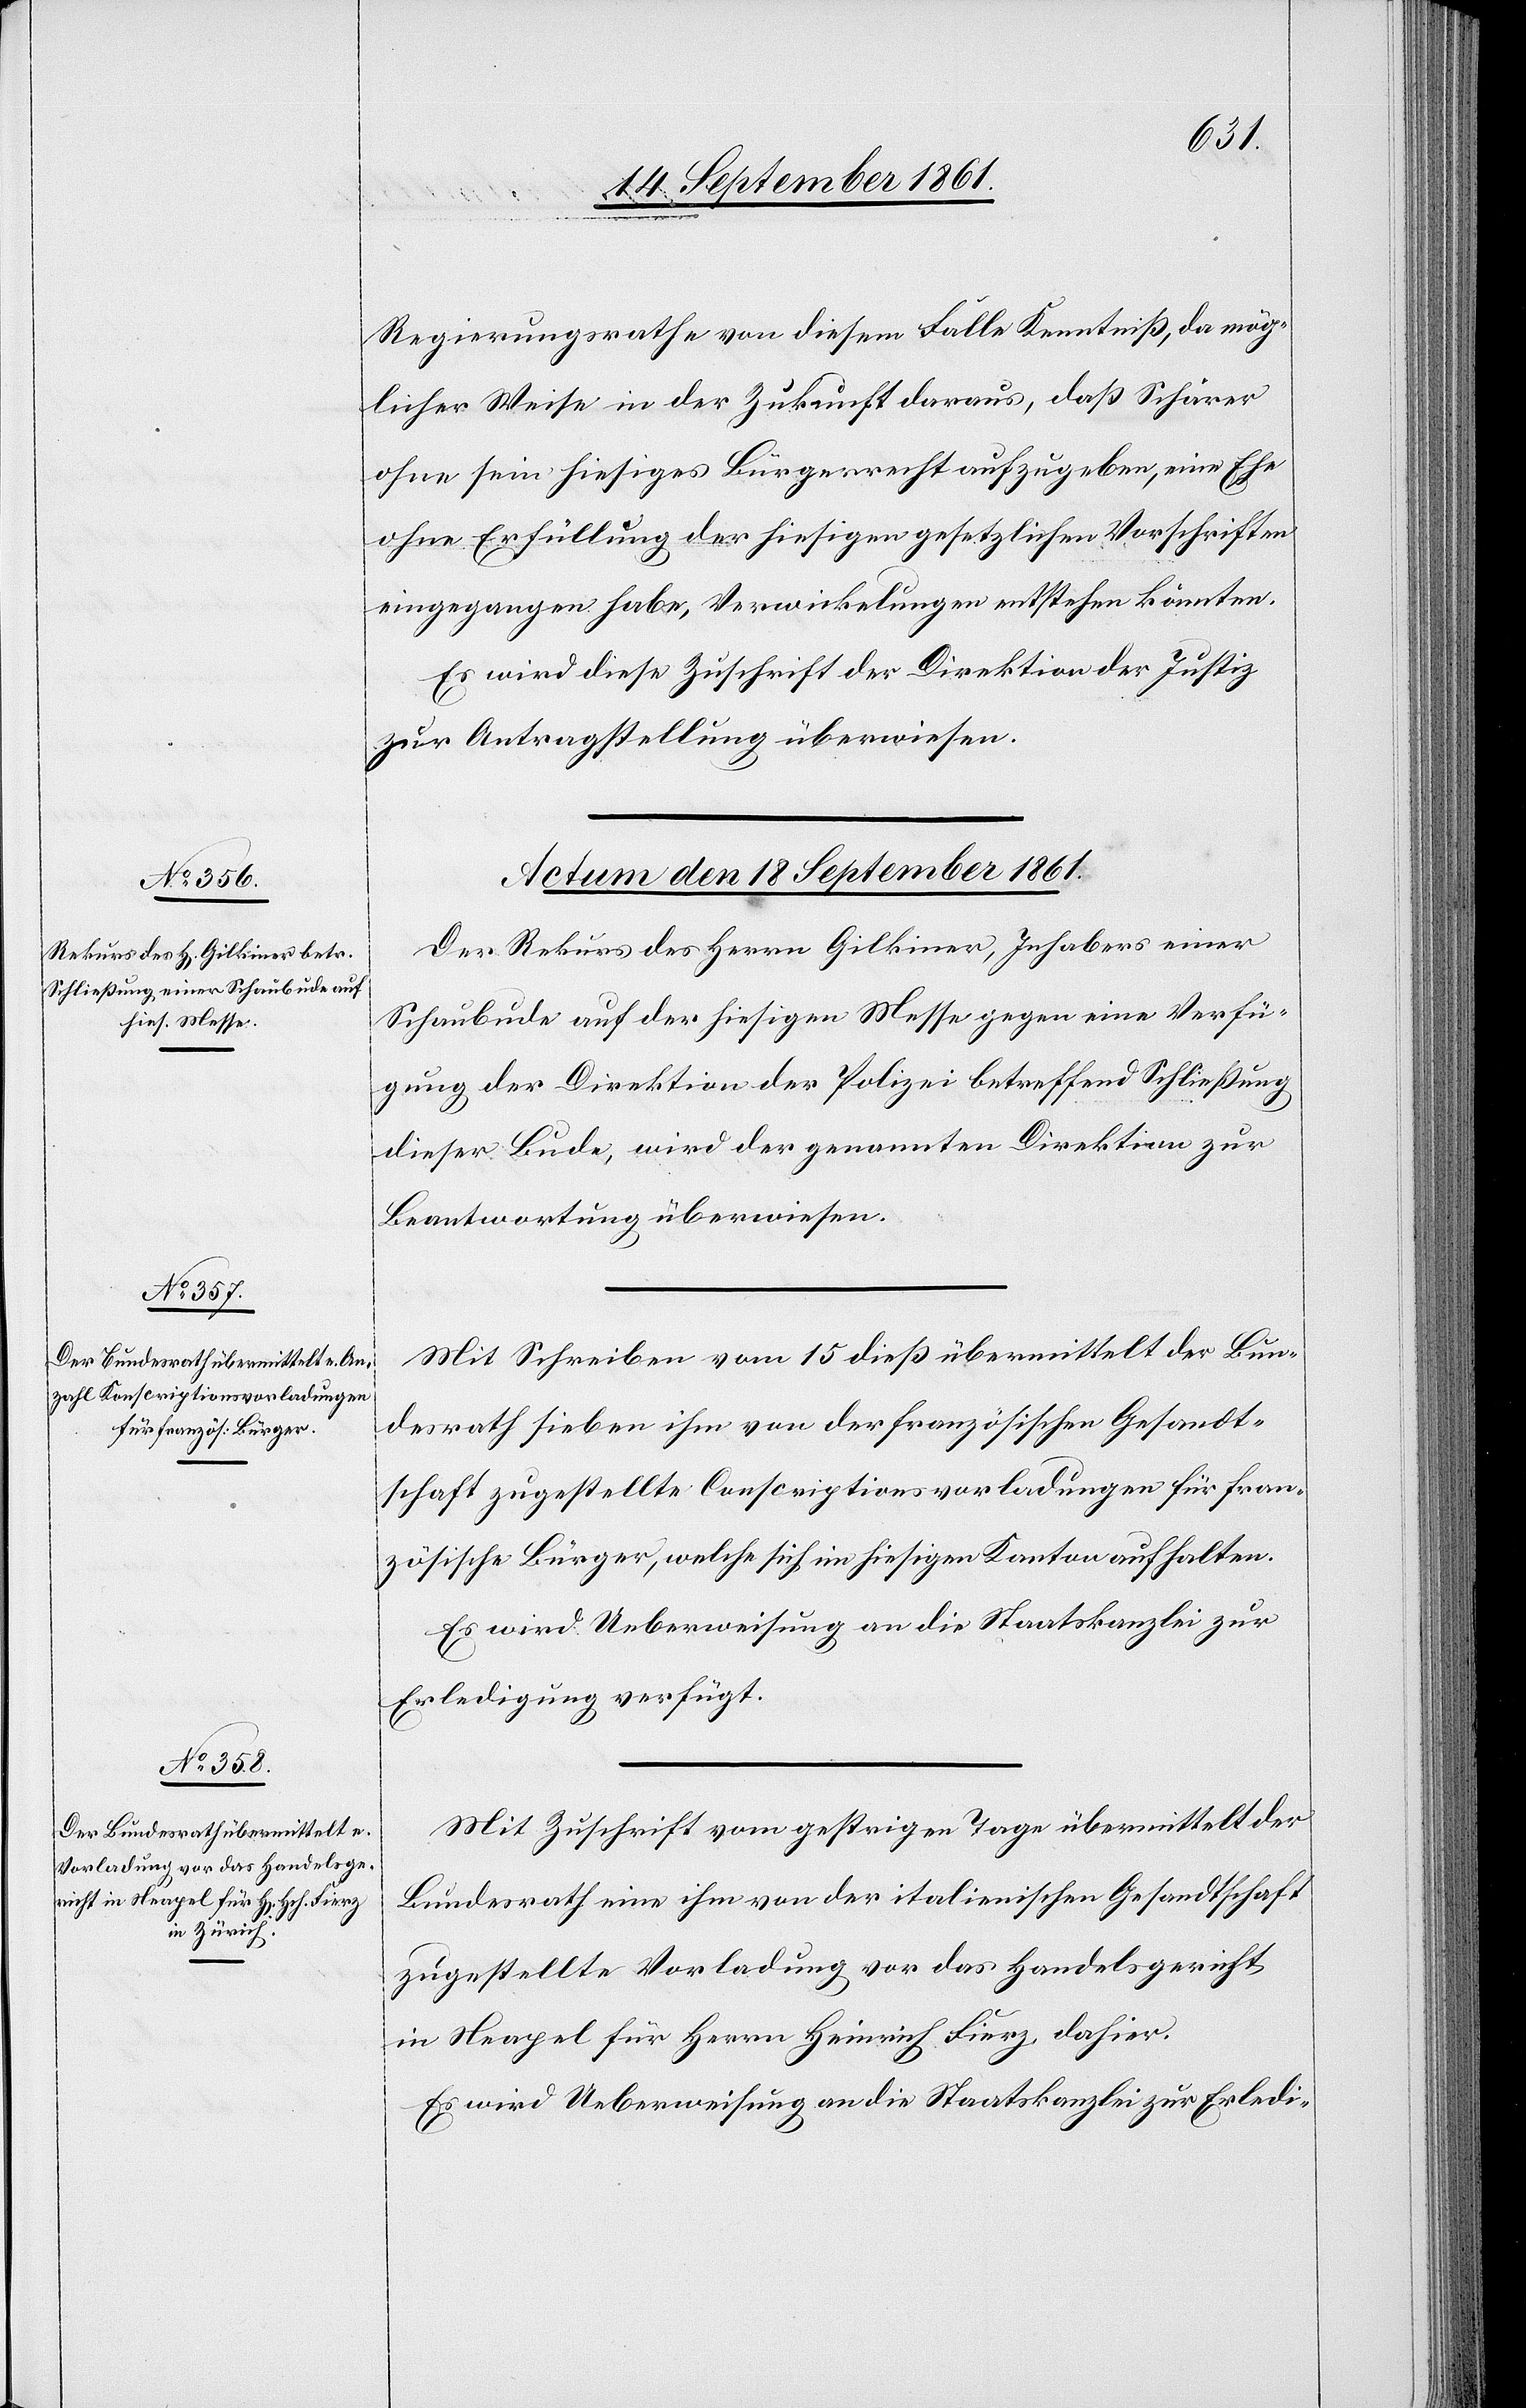
Regierungsrathe von diesem Falle Kenntniß, da mög¬
licher Weise in der Zukunft daraus, daß Schärer
ohne sein hiesiges Bürgerrecht aufzugeben, eine Ehe
ohne Erfüllung der hiesigen gesetzlichen Vorschriften
eingegangen habe, Verwicklungen entstehen könnten.
Es wird diese Zuschrift der Direktion der Justiz
zur Antragstellung überwiesen.
Actum den 18 September 1861.]
Der Rekurs des Herrn Gilkiner, Inhabers einer
Schaubude auf der hiesigen Messe gegen eine Verfü¬
gung der Direktion der Polizei betreffend Schließung
dieser Bude, wird der genannten Direktion zur
Beantwortung überwiesen.
Mit Schreiben vom 15 dieß übermittelt der Bun¬
desrath sieben ihm von der französischen Gesandt¬
schaft zugestellte Conscriptionsvorladungen für fran¬
zösische Bürger, welche sich im hiesigen Kanton aufhalten.
Es wird Ueberweisung an die Staatskanzlei zur
Erledigung verfügt.
Mit Zuschrift vom gestrigen Tage übermittelt der
Bundesrath eine ihm von der italienischen Gesandtschaft
zugestellte Vorladung vor das Handelsgericht
in Neapel für Herrn Heinrich Fierz dahier.
Es wird Ueberweisung an die Staatskanzlei zur Erledi-